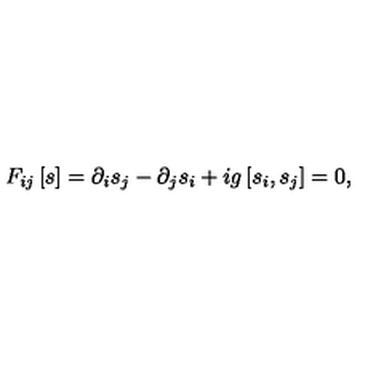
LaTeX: F _ { i j } \left[ s \right] = \partial _ { i } s _ { j } - \partial _ { j } s _ { i } + i g \left[ s _ { i } , s _ { j } \right] = 0 ,